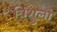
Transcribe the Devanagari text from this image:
त्रिशुला